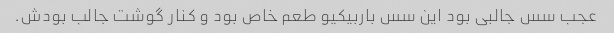
عجب سس جالبی بود این سس باربیکیو طعم خاص بود و کنار گوشت جالب بودش.